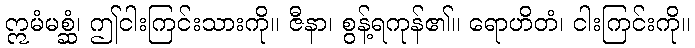
ဣမံမစ္ဆံ၊ ဤငါးကြင်းသားကို။ ဇီနာ၊ စွန့်ရကုန်၏။ ရောဟိတံ၊ ငါးကြင်းကို။